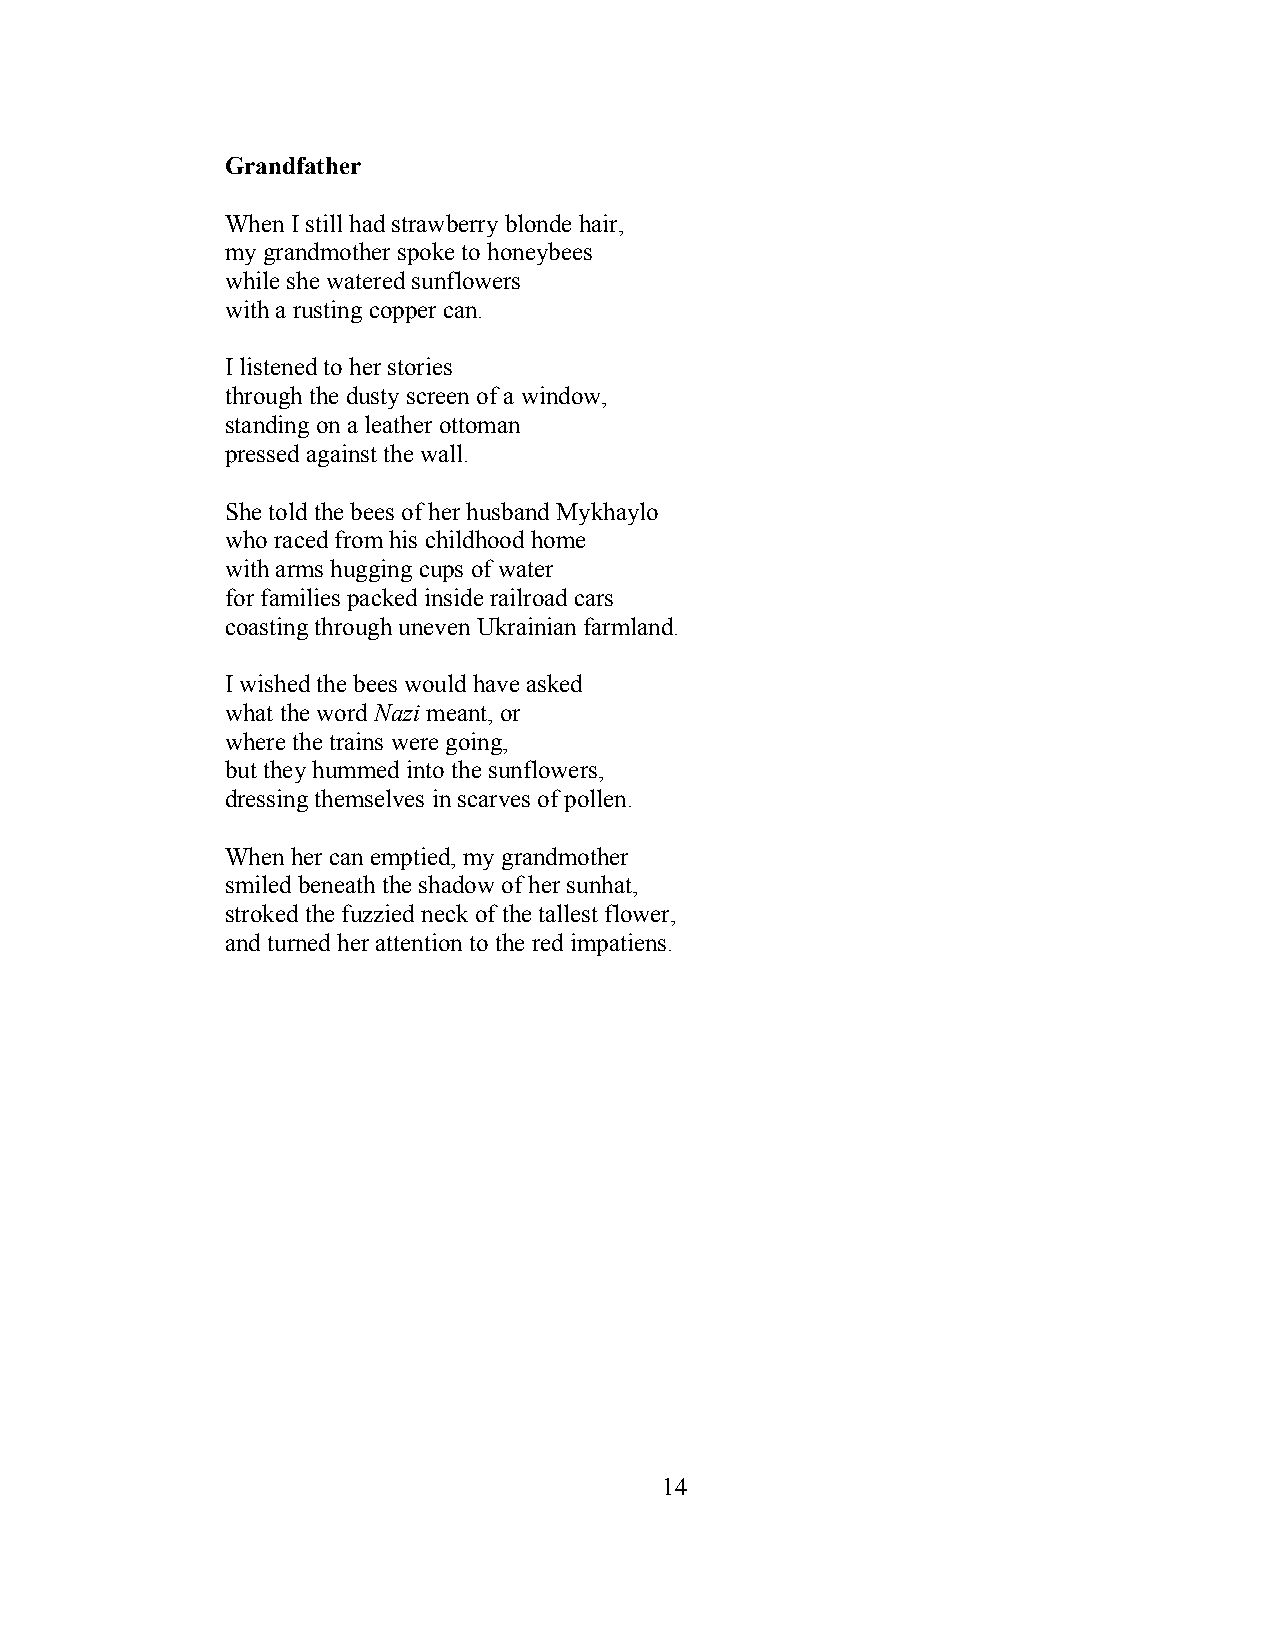
Grandfather
 When I still had strawberry blonde hair,
 my grandmother spoke to honeybees
 while she watered sunflowers
 with a rusting copper can.
 I listened to her stories
 through the dusty screen of a window,
 standing on a leather ottoman
 pressed against the wall.
 She told the bees of her husband Mykhaylo
 who raced from his childhood home
 with arms hugging cups of water
 for families packed inside railroad cars
 coasting through uneven Ukrainian farmland.
 I wished the bees would have asked
 what the word Nazi meant, or
 where the trains were going,
 but they hummed into the sunflowers,
 dressing themselves in scarves of pollen.
 When her can emptied, my grandmother
 smiled beneath the shadow of her sunhat,
 stroked the fuzzied neck of the tallest flower,
 and turned her attention to the red impatiens.
 14